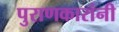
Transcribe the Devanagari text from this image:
पुराणकारांनी